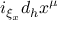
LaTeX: i _ { \xi _ { x } } d _ { h } x ^ { \mu }